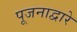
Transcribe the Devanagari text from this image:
पूजनाद्वारे